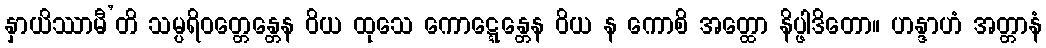
နှာယိဿာမီ’တိ သမ္ပရိဝတ္တေန္တေန ဝိယ ထုသေ ကောဋ္ဋေန္တေန ဝိယ န ကောစိ အတ္ထော နိပ္ဖါဒိတော။ ဟန္ဒာဟံ အတ္တာနံ